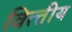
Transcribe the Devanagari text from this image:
वित्त्तीय